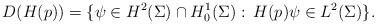
LaTeX: \begin{align*}D(H(p)) = \{\psi\in H^2(\Sigma) \cap H^1_0(\Sigma):\: H(p)\psi\in L^2(\Sigma)\}. \end{align*}